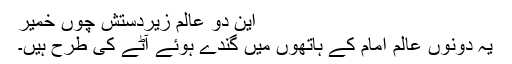
این دو عالم زیردستش چوں خمیر
یہ دونوں عالم امام کے ہاتھوں میں گندے ہوئے آٹے کی طرح ہیں۔